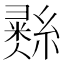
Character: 𢑲